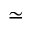
\simeq